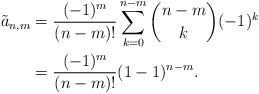
\begin{align*} \tilde{a}_{n,m}&=\frac{(-1)^m}{(n-m)!}\sum_{k=0}^{n-m}\binom{n-m}{k}(-1)^k\\&=\frac{(-1)^m}{(n-m)!}(1-1)^{n-m}.\end{align*}